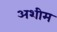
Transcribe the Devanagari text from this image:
अशीम